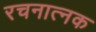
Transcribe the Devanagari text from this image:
रचनात्नक